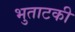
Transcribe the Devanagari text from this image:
भुताटकी